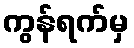
ကွန်ရက်မှ